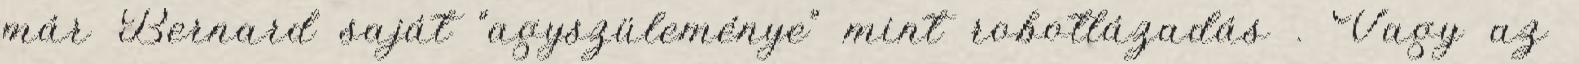
már Bernard saját “agyszüleménye” mint robotlázadás . Vagy az